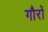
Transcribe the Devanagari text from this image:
गौरों